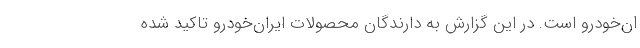
ان‌خودرو است. در این گزارش به دارندگان محصولات ایران‌خودرو تاکید شده